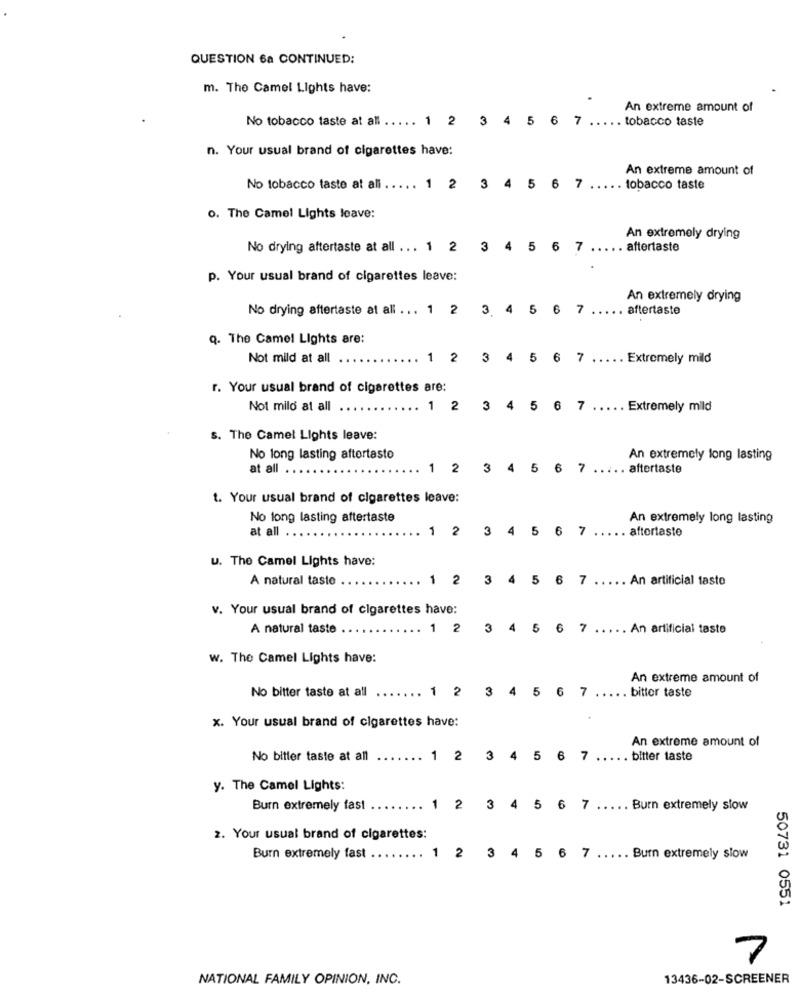
QUESTION 6a CONTINUED:
m. The Camel Lights have:
An extreme amount of
No tobacco taste at all .
1 2 3 4 5 6 7
. tobacco taste
n. Your usual brand of cigarettes have:
An extreme amount of
7
No tobacco taste at ali
.... 1 2 3 4 5
6
tobacco taste
o. The Camel Lights leave:
An extremely drying
No drying aftertaste at all ... 1
2
34
5
6
7
...
... aftertaste
p. Your usual brand of cigarettes leave:
An extremely drying
No drying aftertaste at all ... 1 2
3. 4 5
6
7
aftertaste
Q. The Camel Lights are:
Not mild at all
1
3
4
5
6
7
..
Extremely mild
r. Your usual brand of cigarettes are:
Not milo at all
1 2
3
4
5
6
7
Extremely mild
s. The Camel Lights leave:
No long lasting aftertasto
An extremely long lasting
at all
1
2
3
4
5
6
7
. aftertaste
t. Your usual brand of cigarettes leave:
No long lasting aftertaste
An extremely long lasting
at all
1
2
3
4 5
6 7
. aftertaste
u. The Camel Lights have:
A natural taste
1
2
3
45
6
7 ..... An artificial taste
v. Your usual brand of cigarettes have:
A natural taste
1
2
3 4 5
6
7
..... An artificial taste
w. The Camel Lights have:
An extreme amount of
No bitter taste at all
1 2 3 4 5 6
bitter taste
x. Your usual brand of cigarettes have:
An extreme amount of
No bitter taste at all
.. 1 2
3 4 5
6 7
. bitter taste
y. The Camel Lights:
Burn extremely fast
1 2 3 4 5
6
7
.... Burn extremely slow
2. Your usual brand of cigarettes:
Burn extremely fast
1 2 3 4 5 6
7 ..... Burn extremely slow
50731 0551
7
NATIONAL FAMILY OPINION, INC.
13436-02-SCREENER